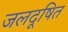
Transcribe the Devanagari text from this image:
जलदूषित